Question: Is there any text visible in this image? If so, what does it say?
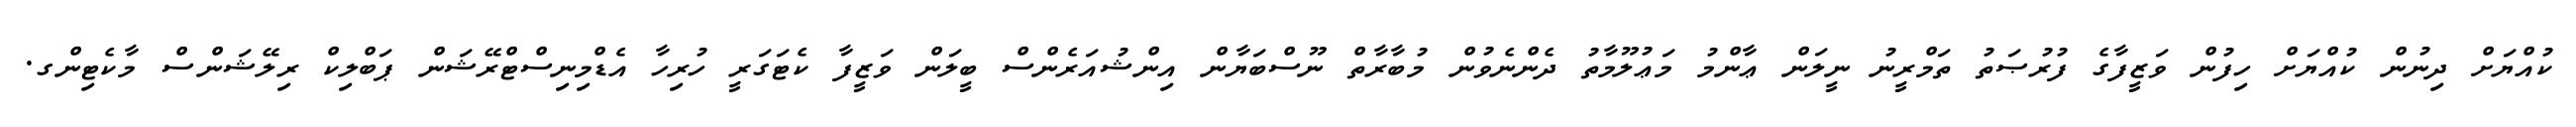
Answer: ކުއްޔަށް ދިނުން ކުއްޔަށް ހިފުން ވަޒީފާގެ ފުރުޞަތު ތަމްރީނު ނީލަން ޢާންމު މަޢުލޫމާތު ދެންނެވުން މުބާރާތް ނޫސްބަޔާން އިންޝުއަރެންސް ބީލަން ވަޒީފާ ކެޓަގަރީ ހުރިހާ އެޑްމިނިސްޓްރޭޝަން ޕަބްލިކް ރިލޭޝަންސް މާކެޓިންގ.